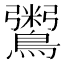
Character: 𪆀